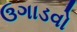
ઉગાડવો